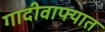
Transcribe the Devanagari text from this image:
गादीवाफ्यात